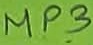
Text: MP3